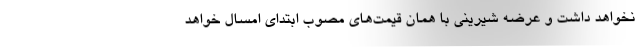
نخواهد داشت و عرضه شیرینی با همان قیمت‌های مصوب ابتدای امسال خواهد